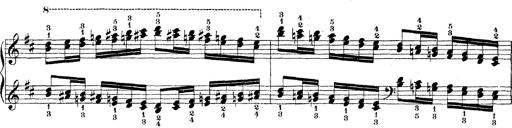
Title: Technische Studien
Composer: Franz Liszt